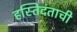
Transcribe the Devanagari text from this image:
हस्तिदंताची